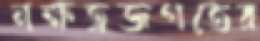
নক্ষত্রজগতের